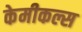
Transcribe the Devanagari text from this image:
केमीकल्स